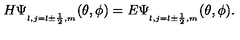
H \Psi _ { _ { l , j = l \pm \frac { 1 } { 2 } , m } } ( \theta , \phi ) = E \Psi _ { _ { l , j = l \pm \frac { 1 } { 2 } , m } } ( \theta , \phi ) .